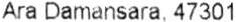
ARA DAMANSARA, 47301